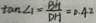
\tan \angle 1 = \frac { B H } { D H } = 0 . 4 2